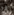
انه